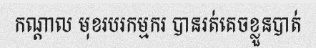
កណ្តាល មុខរបរកម្មករ បានរត់គេចខ្លួនបាត់